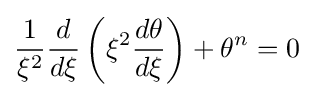
{\frac {1}{\xi ^{2}}}{\frac {d}{d\xi }}\left({\xi ^{2}{\frac {d\theta }{d\xi }}}\right)+\theta ^{n}=0